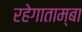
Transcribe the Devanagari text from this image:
रहेगाताम्बा